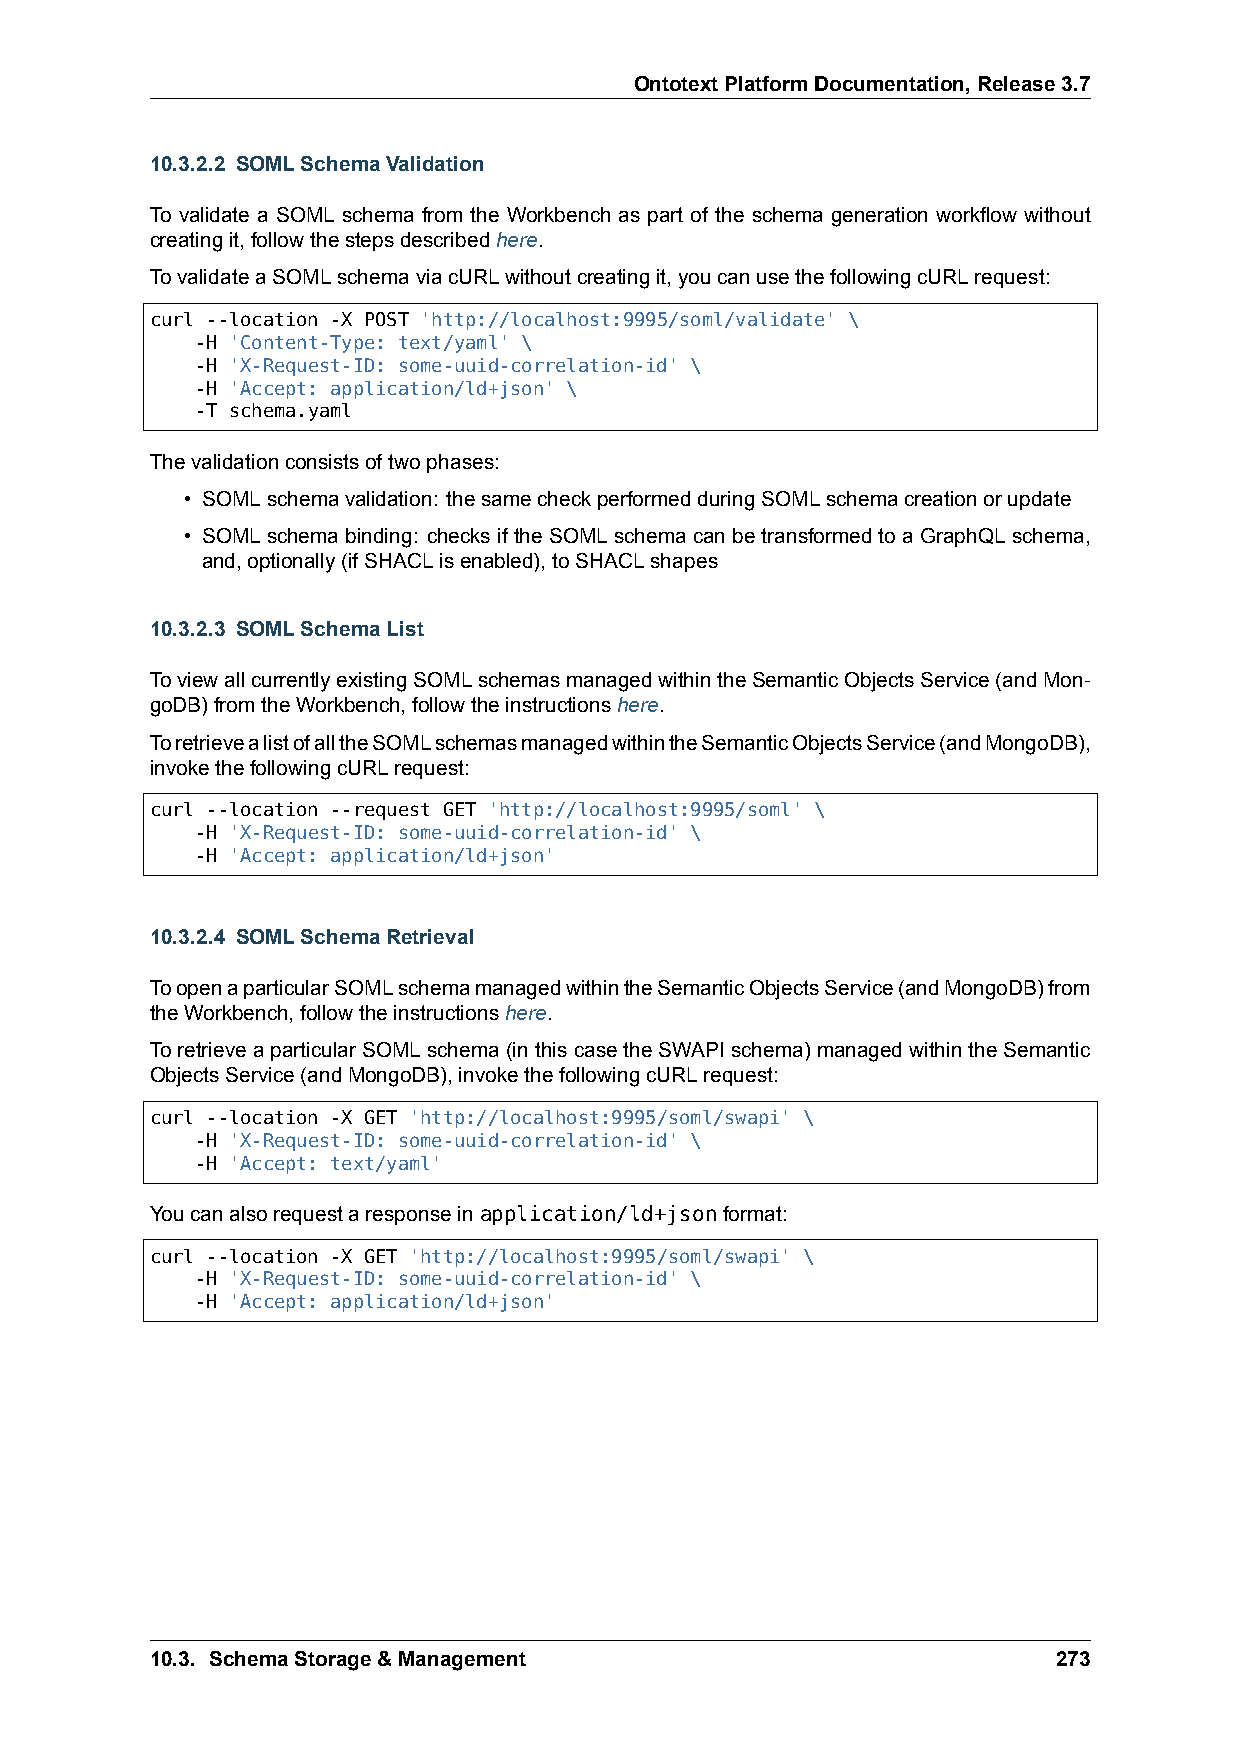
OntotextPlatformDocumentation,Release3.7
 10.3.2.2 SOMLSchemaValidation
 To validate a SOML schema from the Workbench as part of the schema generation workflow without
 creatingit,followthestepsdescribedhere.
 TovalidateaSOMLschemaviacURLwithoutcreatingit,youcanusethefollowingcURLrequest:
 curl --location -X POST 'http://localhost:9995/soml/validate' \
 -H 'Content-Type: text/yaml' \
 -H 'X-Request-ID: some-uuid-correlation-id' \
 -H 'Accept: application/ld+json' \
 -T schema.yaml
 Thevalidationconsistsoftwophases:
 • SOMLschemavalidation: thesamecheckperformedduringSOMLschemacreationorupdate
 • SOMLschemabinding: checksiftheSOMLschemacanbetransformedtoaGraphQLschema,
 and,optionally(ifSHACLisenabled),toSHACLshapes
 10.3.2.3 SOMLSchemaList
 ToviewallcurrentlyexistingSOMLschemasmanagedwithintheSemanticObjectsService(andMon-
 goDB)fromtheWorkbench,followtheinstructionshere.
 ToretrievealistofalltheSOMLschemasmanagedwithintheSemanticObjectsService(andMongoDB),
 invokethefollowingcURLrequest:
 curl --location --request GET 'http://localhost:9995/soml' \
 -H 'X-Request-ID: some-uuid-correlation-id' \
 -H 'Accept: application/ld+json'
 10.3.2.4 SOMLSchemaRetrieval
 ToopenaparticularSOMLschemamanagedwithintheSemanticObjectsService(andMongoDB)from
 theWorkbench,followtheinstructionshere.
 ToretrieveaparticularSOMLschema(inthiscasetheSWAPIschema)managedwithintheSemantic
 ObjectsService(andMongoDB),invokethefollowingcURLrequest:
 curl --location -X GET 'http://localhost:9995/soml/swapi' \
 -H 'X-Request-ID: some-uuid-correlation-id' \
 -H 'Accept: text/yaml'
 Youcanalsorequestaresponseinapplication/ld+jsonformat:
 curl --location -X GET 'http://localhost:9995/soml/swapi' \
 -H 'X-Request-ID: some-uuid-correlation-id' \
 -H 'Accept: application/ld+json'
 10.3. SchemaStorage&Management                              273